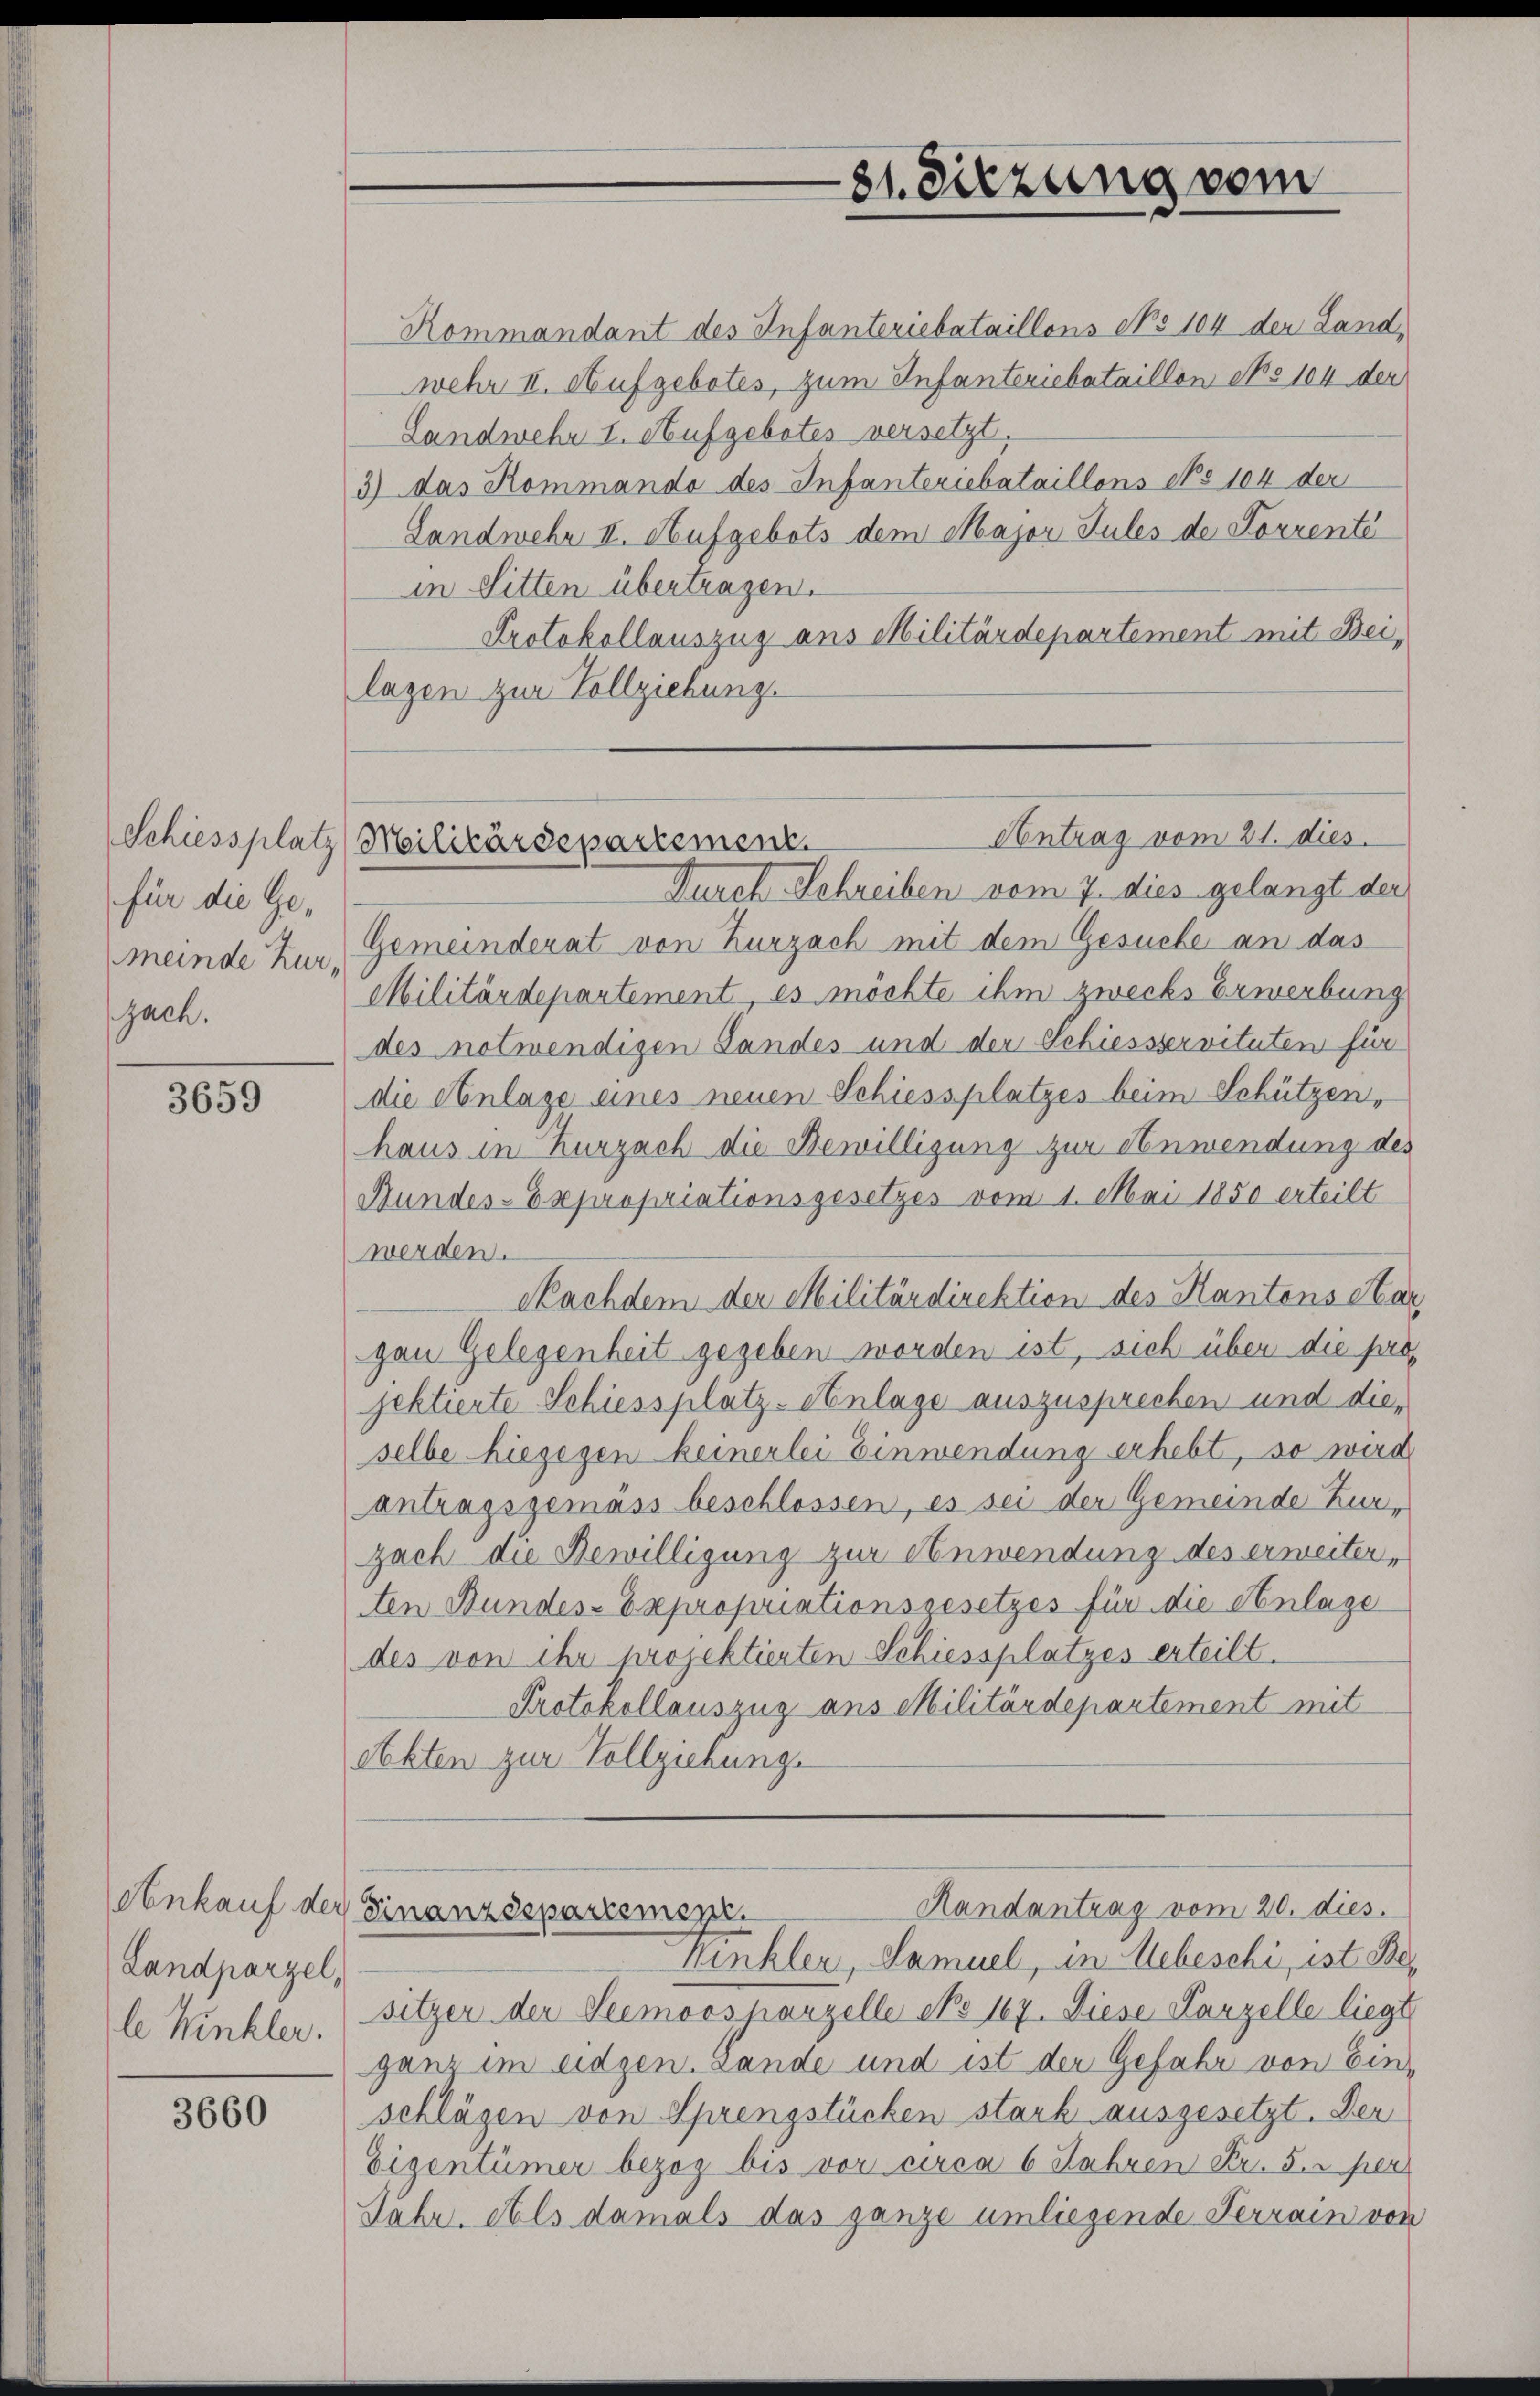
Schiessplatz
für die Gejach.

3659

Landparzel,
le Winkler.

3660

Landwehr I. Aufgebotes versetzt.
Landwehr II. Hufgebots dem Major Sules de Forrente
in Sitten übertragen.
Protokollauszug aus Militärdepartement mit Beilazen zur Vollziehung.

Durch Schreiben vom 7. dies gelangt der
meinde Zur Gemeinderat von Kurzach mit dem Gesuche an das
Militärdepartement, es möchte ihm zwecks Erwerbung
des notwendigen Landes- und der Schiessservituten für
die Anlage eines neuen Schiessplatzes beim Schützen,
haus in Kurzach die Bewilligung zur Anwendung des
Bundes-Expropriationsgesetzes vom 1. Mai 1850 erteilt
werden.
Nachdem der Militärdirektion des Kantons Aar
gau Gelegenheit gegeben worden ist, sich über die pros
jektierte Schiessplatz-Anlage auszusprechen und dieselbe hiegegen keinerlei Einwendung erhebt, so wird
antragsgemäss beschlossen, es sei der Gemeinde Zur-
zach die Bewilligung zur Anwendung des erweiter,
tten Bundes-Expropriationsgesetzes für die Anlage
des von ihr projektierten Schiessplatzes erteilt.
Protokollauszug aus Militärdepartement mit
eckten zur Vollziehung.

81. Diezung vom

Kommandant des Infanteriebataillons No 104 der Land,
wehr II. Aufgebotes, zum Infanteriebataillon No 104 der
3) das Kommando des Infanteriebataillons No 104 der

Antrag vom 21. dies
Militärdepartement.

Handantrag vom 20. dies
Ankauf der Finanzdeparcomsp.
Winkler, Samuel, in Uebeschi, ist Be¬

sitzer der Seemoosparzelle No 167. Diese Parzelle liegt
ganz im eidgen. Lande und ist der Gefahr von Einschlägen von Sprengstücken stark ausgesetzt. Der
Eigentümer bezog bis vor circa 6 Jahren Fr. 5. per
Jahr. Als damals das ganze umliegende Ferrain von